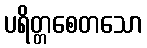
ပရိတ္တစေတသော